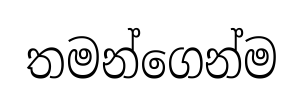
තමන්ගෙන්ම